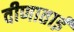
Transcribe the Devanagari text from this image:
वीणाताई